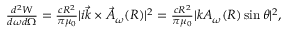
\begin{array} { r } { \frac { d ^ { 2 } W } { d \omega d \Omega } = \frac { c R ^ { 2 } } { \pi \mu _ { 0 } } | i \vec { k } \times \vec { A } _ { \omega } ( R ) | ^ { 2 } = \frac { c R ^ { 2 } } { \pi \mu _ { 0 } } | k A _ { \omega } ( R ) \sin \theta | ^ { 2 } , } \end{array}